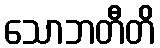
သောဘတီတိ